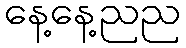
နေ့နေ့ညည